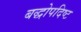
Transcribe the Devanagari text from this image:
बद्धोपदिष्ट